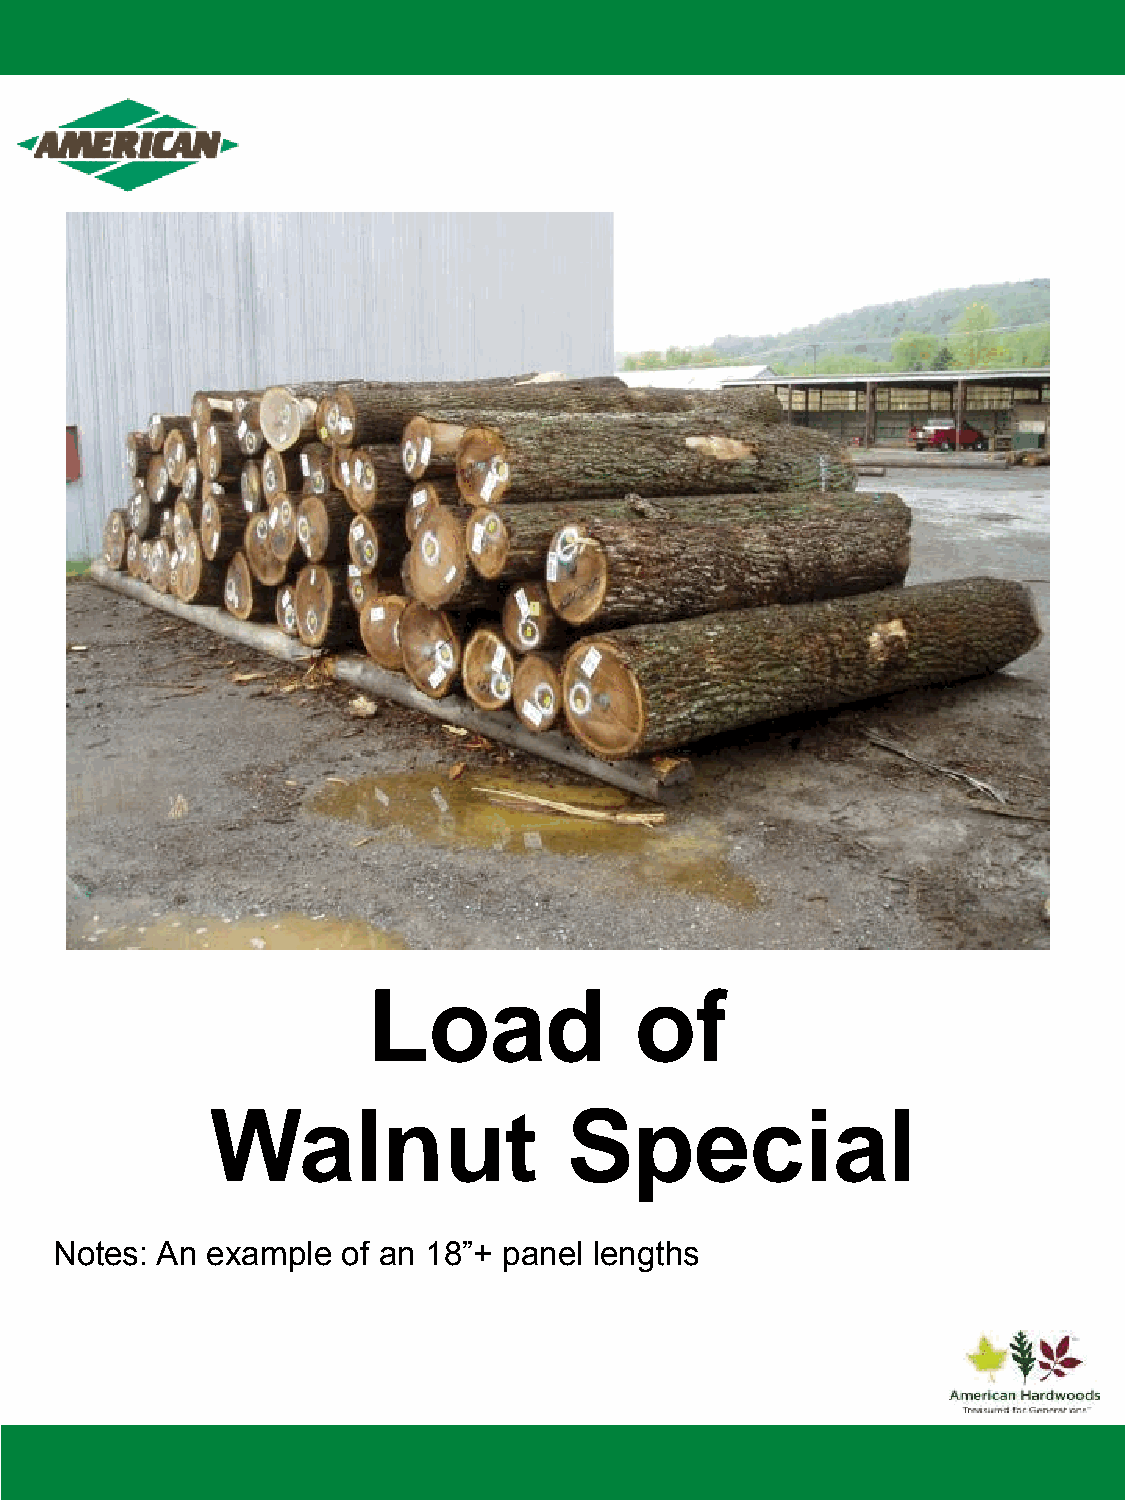
Load              of
 Walnut                  Special
 Notes: An  example  of an 18”+ panel lengths